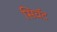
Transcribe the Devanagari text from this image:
सिवॅट